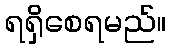
ရရှိစေရမည်။